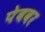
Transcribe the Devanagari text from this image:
पेबवर